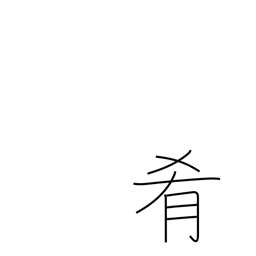
Meaning: accompaniment for drinks